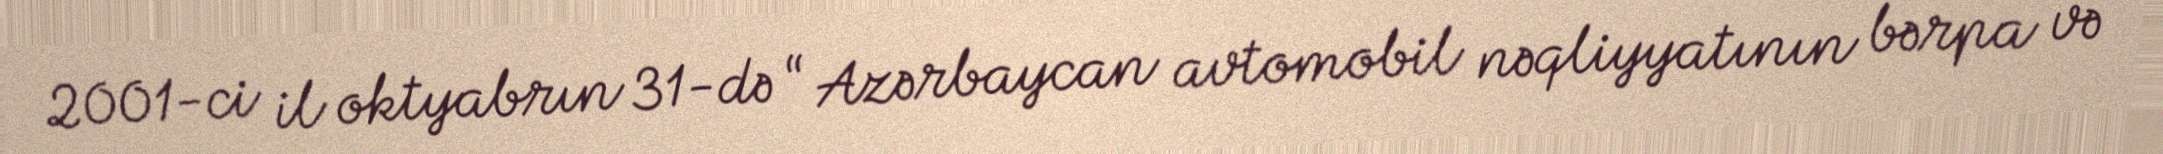
2001-ci il oktyabrın 31-də “ Azərbaycan avtomobil nəqliyyatının bərpa və